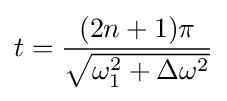
t={\frac {(2n+1)\pi }{\sqrt {\omega _{1}^{2}+\Delta \omega ^{2}}}}